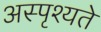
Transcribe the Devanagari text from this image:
अस्पृश्यते